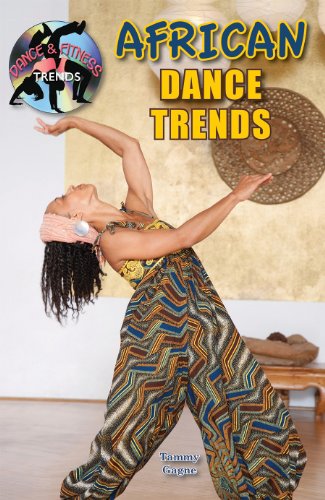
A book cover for African Dance Trends (Dance and Fitness Trends) (Dance & Fitness Trends); Tammy Gagne; Teen & Young Adult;